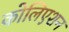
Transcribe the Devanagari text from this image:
कोलिएशन